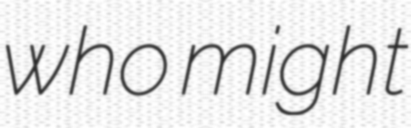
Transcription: who might